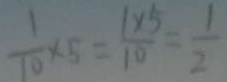
\frac { 1 } { 1 0 } \times 5 = \frac { 1 \times 5 } { 1 0 } = \frac { 1 } { 2 }